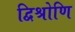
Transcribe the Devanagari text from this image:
द्विश्रोणि